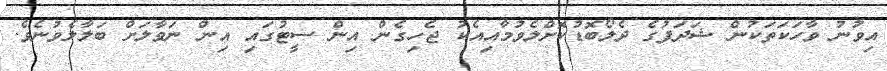
އިވުނު ވާހަކަތަކުން ޝަދަފުގެ ދެލޯބޮޑުކޮށްލެވުމާއިއެކު ޖެހިގެން އިން ސީޓުގައި އިން ނަވާލަށް ބަލާލެވުނެވެ.